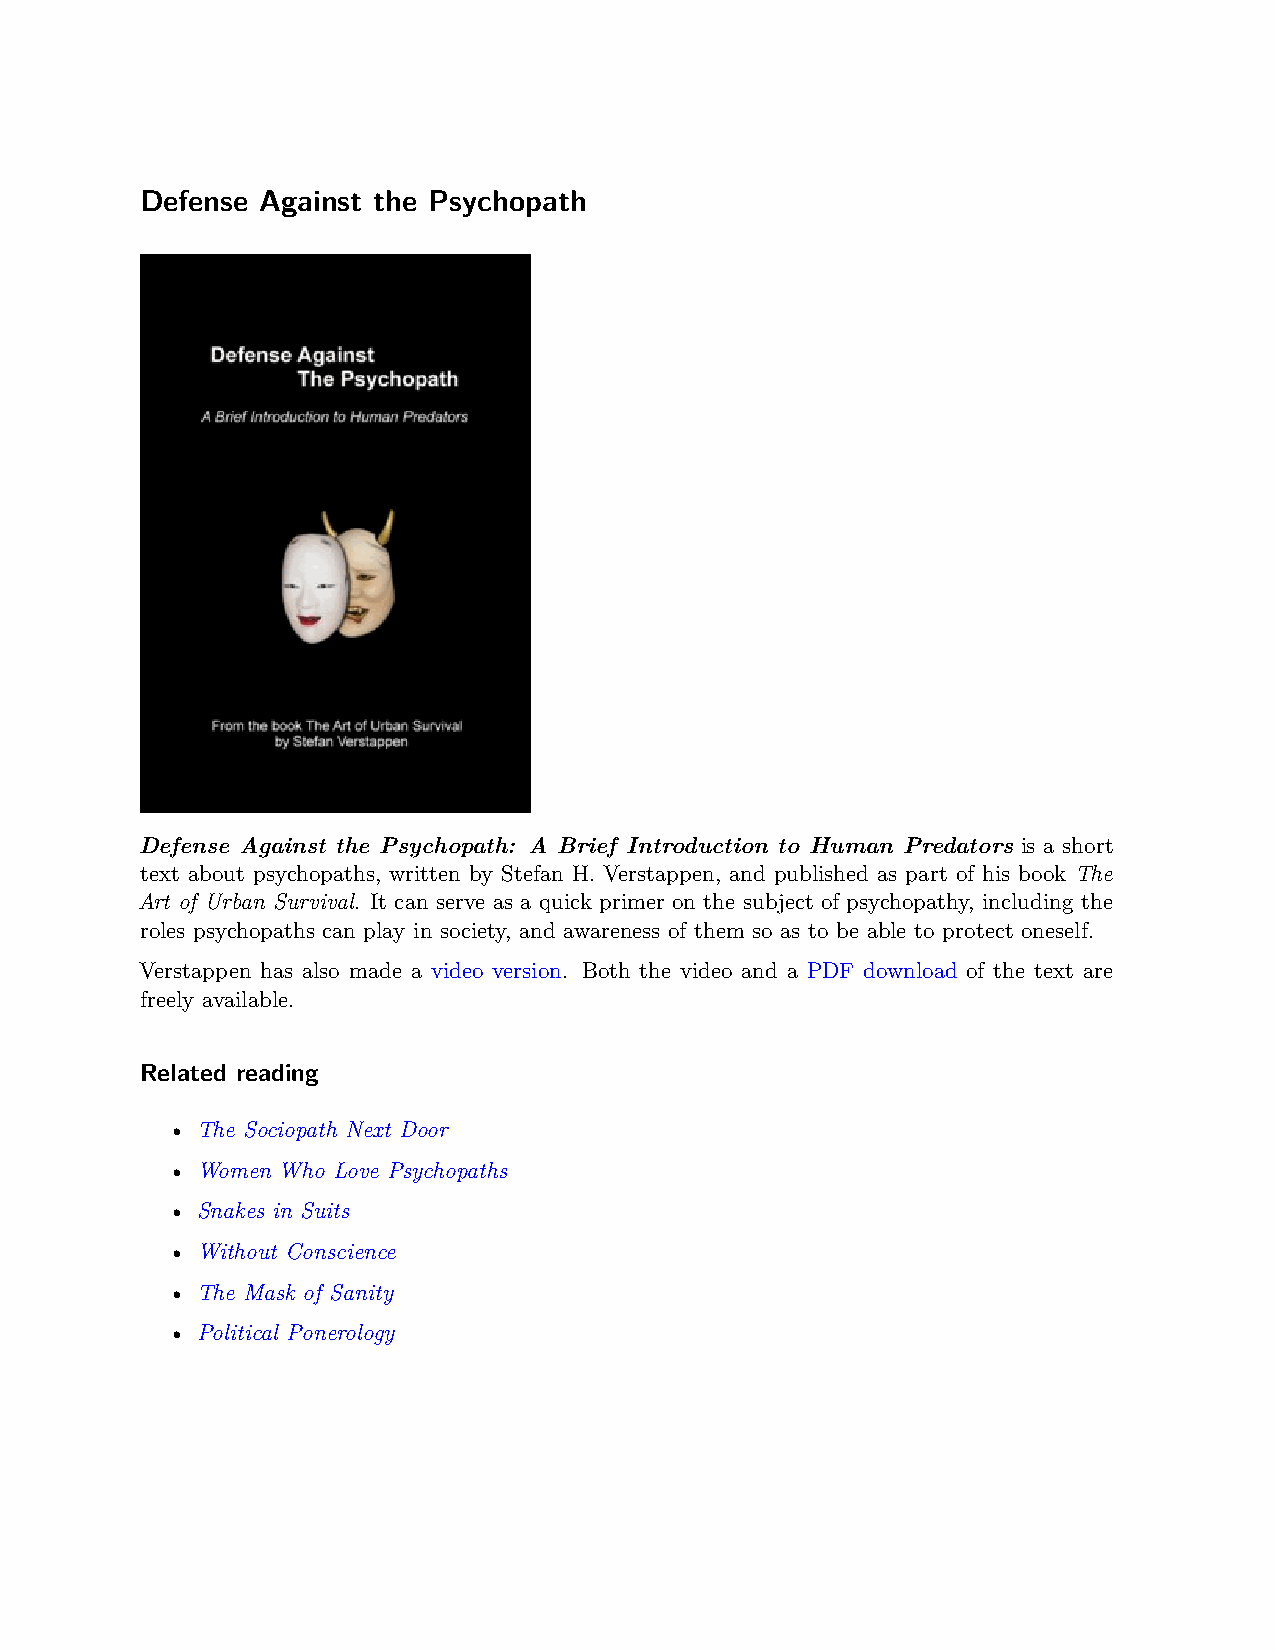
Defense Against the Psychopath
 Defense Against the Psychopath: A Brief Introduction to Human Predators is a short
 text about psychopaths, written by Stefan H. Verstappen, and published as part of his book The
 Art of Urban Survival. It can serve as a quick primer on the subject of psychopathy, including the
 roles psychopaths can play in society, and awareness of them so as to be able to protect oneself.
 Verstappen has also made a video version. Both the video and a PDF download of the text are
 freely available.
 Related reading
 • The Sociopath Next Door
 • Women Who Love Psychopaths
 • Snakes in Suits
 • Without Conscience
 • The Mask of Sanity
 • Political Ponerology